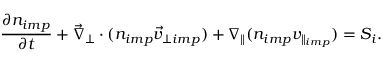
\frac { \partial n _ { i m p } } { \partial t } + \vec { \nabla } _ { \perp } \cdot ( n _ { i m p } \vec { v } _ { \perp i m p } ) + \nabla _ { \parallel } ( n _ { i m p } v _ { \parallel _ { i m p } } ) = S _ { i } .